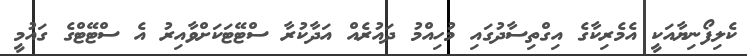
ކެލިފޯނިޔާއަކީ އެމެރިކާގެ އިގްތިސާދުގައި މުހިއްމު ދައުރެއް އަދާކުރާ ސްޓޭޓަކަށްވާއިރު އެ ސްޓޭޓްގެ ގައުމީ